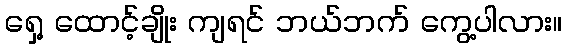
ရှေ့ ထောင့်ချိုး ကျရင် ဘယ်ဘက် ကွေ့ပါလား။